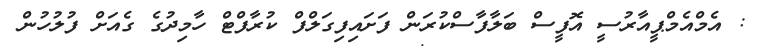
: އެމްއެމްޕީއާރުސީ އޮފީސް ބަލާފާސްކުރަން ފަށައިފިގަލްފް ކުރާފްޓް ހާމިދުގެ ގެއަށް ފުލުހުން